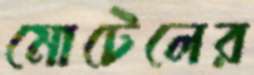
মোটেলের